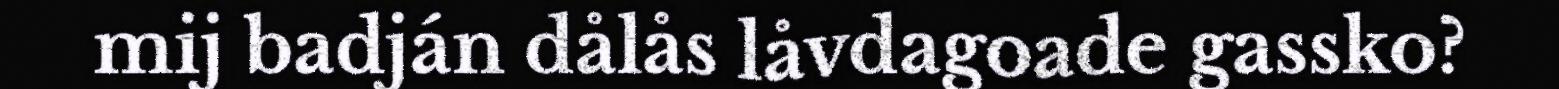
mij badján dålås låvdagoade gassko?